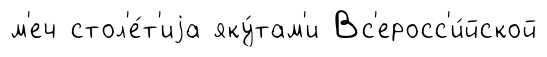
м'еч стол'е́т'иjа яку́там'и Вс'еросс'и́йской